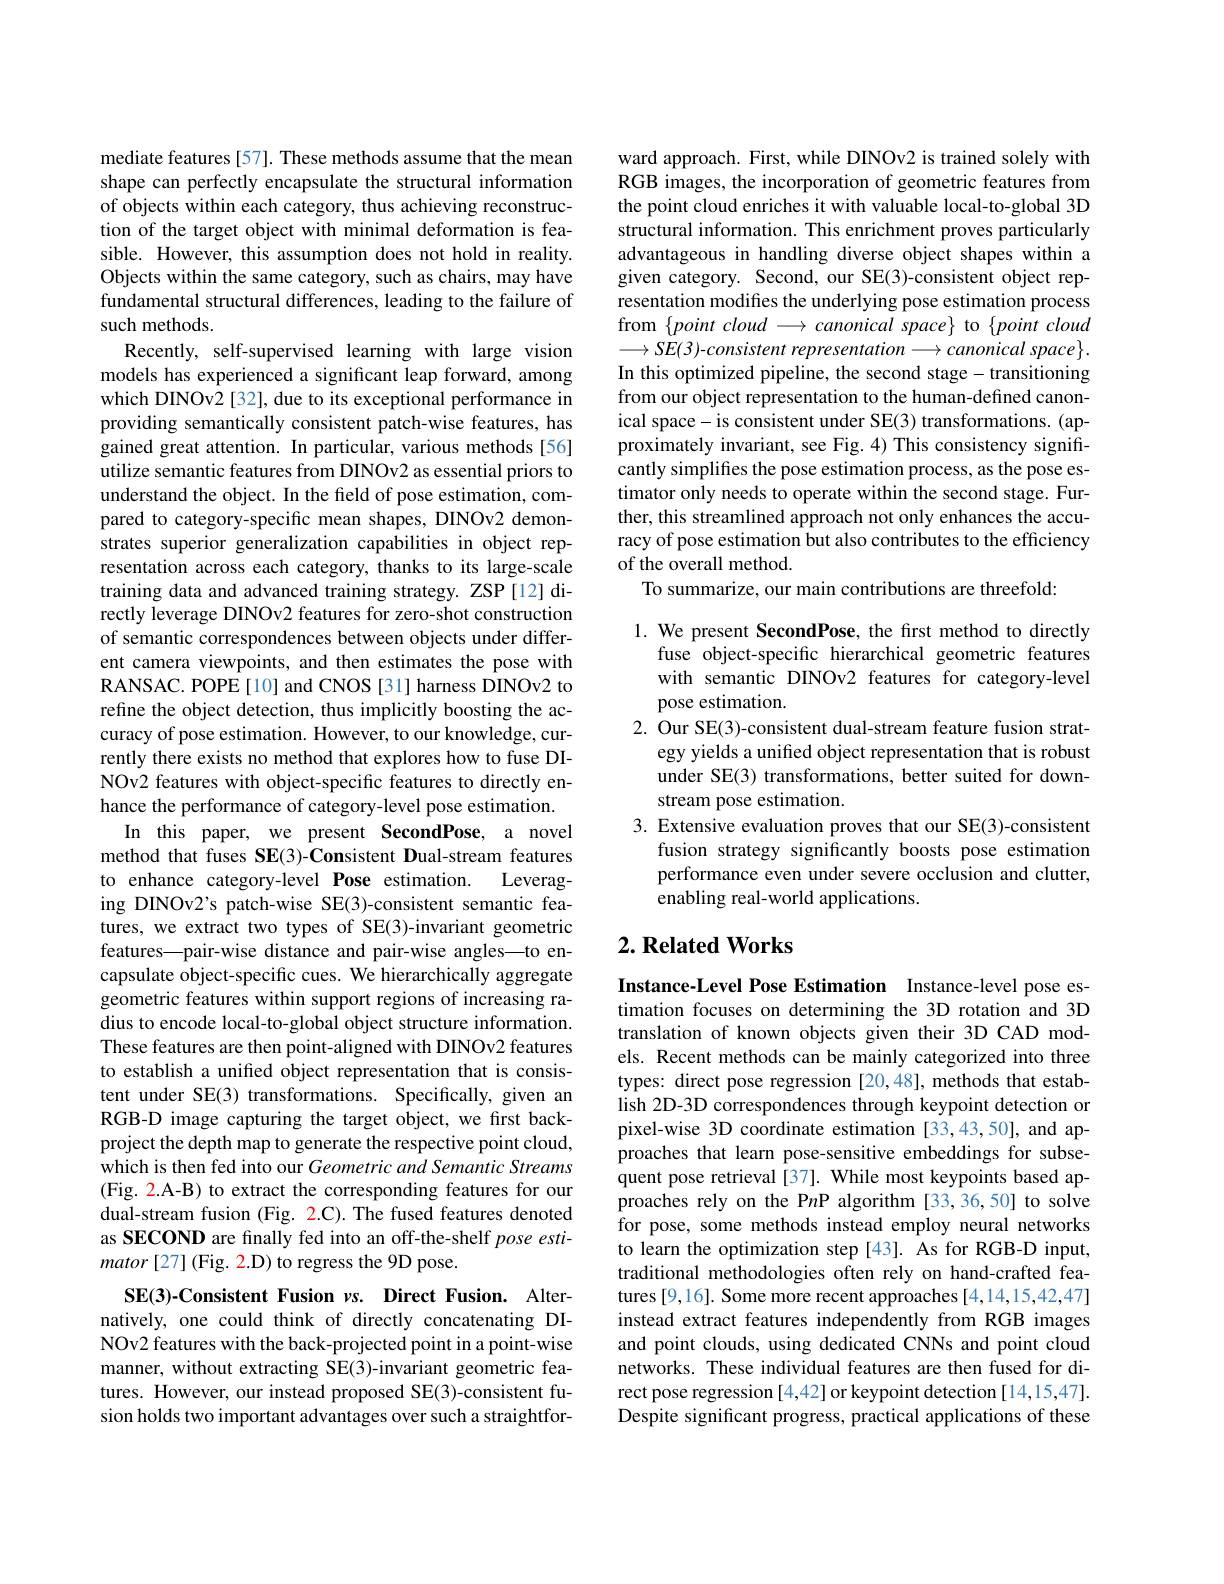
mediate features [57]. These methods assume that the mean shape can perfectly encapsulate the structural information of objects within each category, thus achieving reconstruction of the target object with minimal deformation is feasible. However, this assumption does not hold in reality. Objects within the same category, such as chairs, may have fundamental structural differences, leading to the failure of such methods.
Recently, self-supervised learning with large vision models has experienced a significant leap forward, among which DINOv2[32], due to its exceptional performance in providing semantically consistent patch-wise features, has gained great attention. In particular, various methods[56] utilize semantic features from DINOv2 as essential priors to understand the object. In the field of pose estimation, compared to category-specific mean shapes, DINOv2 demonstrates superior generalization capabilities in object representation across each category, thanks to its large-scale training data and advanced training strategy. ZSP [12] directly leverage DINOv2 features for zero-shot construction of semantic correspondences between objects under different camera viewpoints, and then estimates the pose with RANSAC. POPE[10] and CNOS [31] harness DINOv2 to refine the object detection, thus implicitly boosting the accuracy of pose estimation. However, to our knowledge, currently there exists no method that explores how to fuse DINOv2 features with object-specific features to directly enhance the performance of category-level pose estimation.
In this paper, we present SecondPose, a novel method that fuses SE(3)-Consistent Dual-stream features to enhance category-level Pose estimation.
Leverag-
ing DINOv2's patch-wise SE(3)-consistent semantic features, we extract two types of SE(3)-invariant geometric features—pair-wise distance and pair-wise angles—to encapsulate object-specific cues. We hierarchically aggregate geometric features within support regions of increasing radius to encode local-to-global object structure information. These features are then point-aligned with DINOv2 features to establish a unified object representation that is consistent under SE(3) transformations. Specifically, given an RGB-D image capturing the target object, we first backproject the depth map to generate the respective point cloud, which is then fed into our Geometric and Semantic Streams (Fig. 2.A-B) to extract the corresponding features for our dual-stream fusion (Fig. 2.C). The fused features denoted as SECOND are finally fed into an off-the-shelf pose esti- $mator\left[27\right]($Fig. 2.D) to regress the 9D pose.
SE(3)-Consistent Fusion $\nu$s. Direct Fusion. Alternatively, one could think of directly concatenating DI-

NOv2 features with the back-projected point in a point-wise manner, without extracting SE(3)-invariant geometric features. However, our instead proposed SE(3)-consistent fusion holds two important advantages over such a straightfor-

ward approach. First, while DINOv2 is trained solely with RGB images, the incorporation of geometric features from the point cloud enriches it with valuable local-to-global 3D structural information. This enrichment proves particularly advantageous in handling diverse object shapes within a given category. Second, our SE(3)-consistent object representation modifies the underlying pose estimation process from $\{ point\textit{cloud}\longrightarrow canonical\textit{space}\}$ to $\{ point\textit{cloud}$ $\longrightarrow SE(3)$-consistent representation$\longrightarrow canonical$ space$\}.$ In this optimized pipeline, the second stage- transitioning from our object representation to the human-defined canonical space- is consistent under SE(3) transformations. (approximately invariant, see Fig. 4) This consistency significantly simplifies the pose estimation process, as the pose estimator only needs to operate within the second stage. Further, this streamlined approach not only enhances the accuracy of pose estimation but also contributes to the efficiency of the overall method.
To summarize, our main contributions are threefold:

1. We present SecondPose, the first method to directly
fuse object-specific hierarchical geometric features with semantic DINOv2 features for category-level pose estimation.
2. Our SE(3)-consistent dual-stream feature fusion strat-
egy yields a unified object representation that is robust under SE(3) transformations, better suited for downstream pose estimation.
3. Extensive evaluation proves that our SE(3)-consistent
fusion strategy significantly boosts pose estimation performance even under severe occlusion and clutter, enabling real-world applications.

## $2. \textbf{Related Works}$

Instance-Level Pose Estimation Instance-level pose estimation focuses on determining the 3D rotation and 3D translation of known objects given their 3D CAD models. Recent methods can be mainly categorized into three types: direct pose regression [20,48], methods that establish 2D-3D correspondences through keypoint detection or pixel-wise 3D coordinate estimation [33,43,50], and approaches that learn pose-sensitive embeddings for subsequent pose retrieval [37]. While most keypoints based approaches rely on the P$n$P algorithm [33,36,50] to solve for pose, some methods instead employ neural networks to learn the optimization step[43]. As for RGB-D input, traditional methodologies often rely on hand-crafted features [9,16]. Some more recent approaches [4,14,15,42,47] instead extract features independently from RGB images and point clouds, using dedicated CNNs and point cloud networks. These individual features are then fused for direct pose regression [4,42] or keypoint detection [14,15,47]. Despite significant progress, practical applications of these